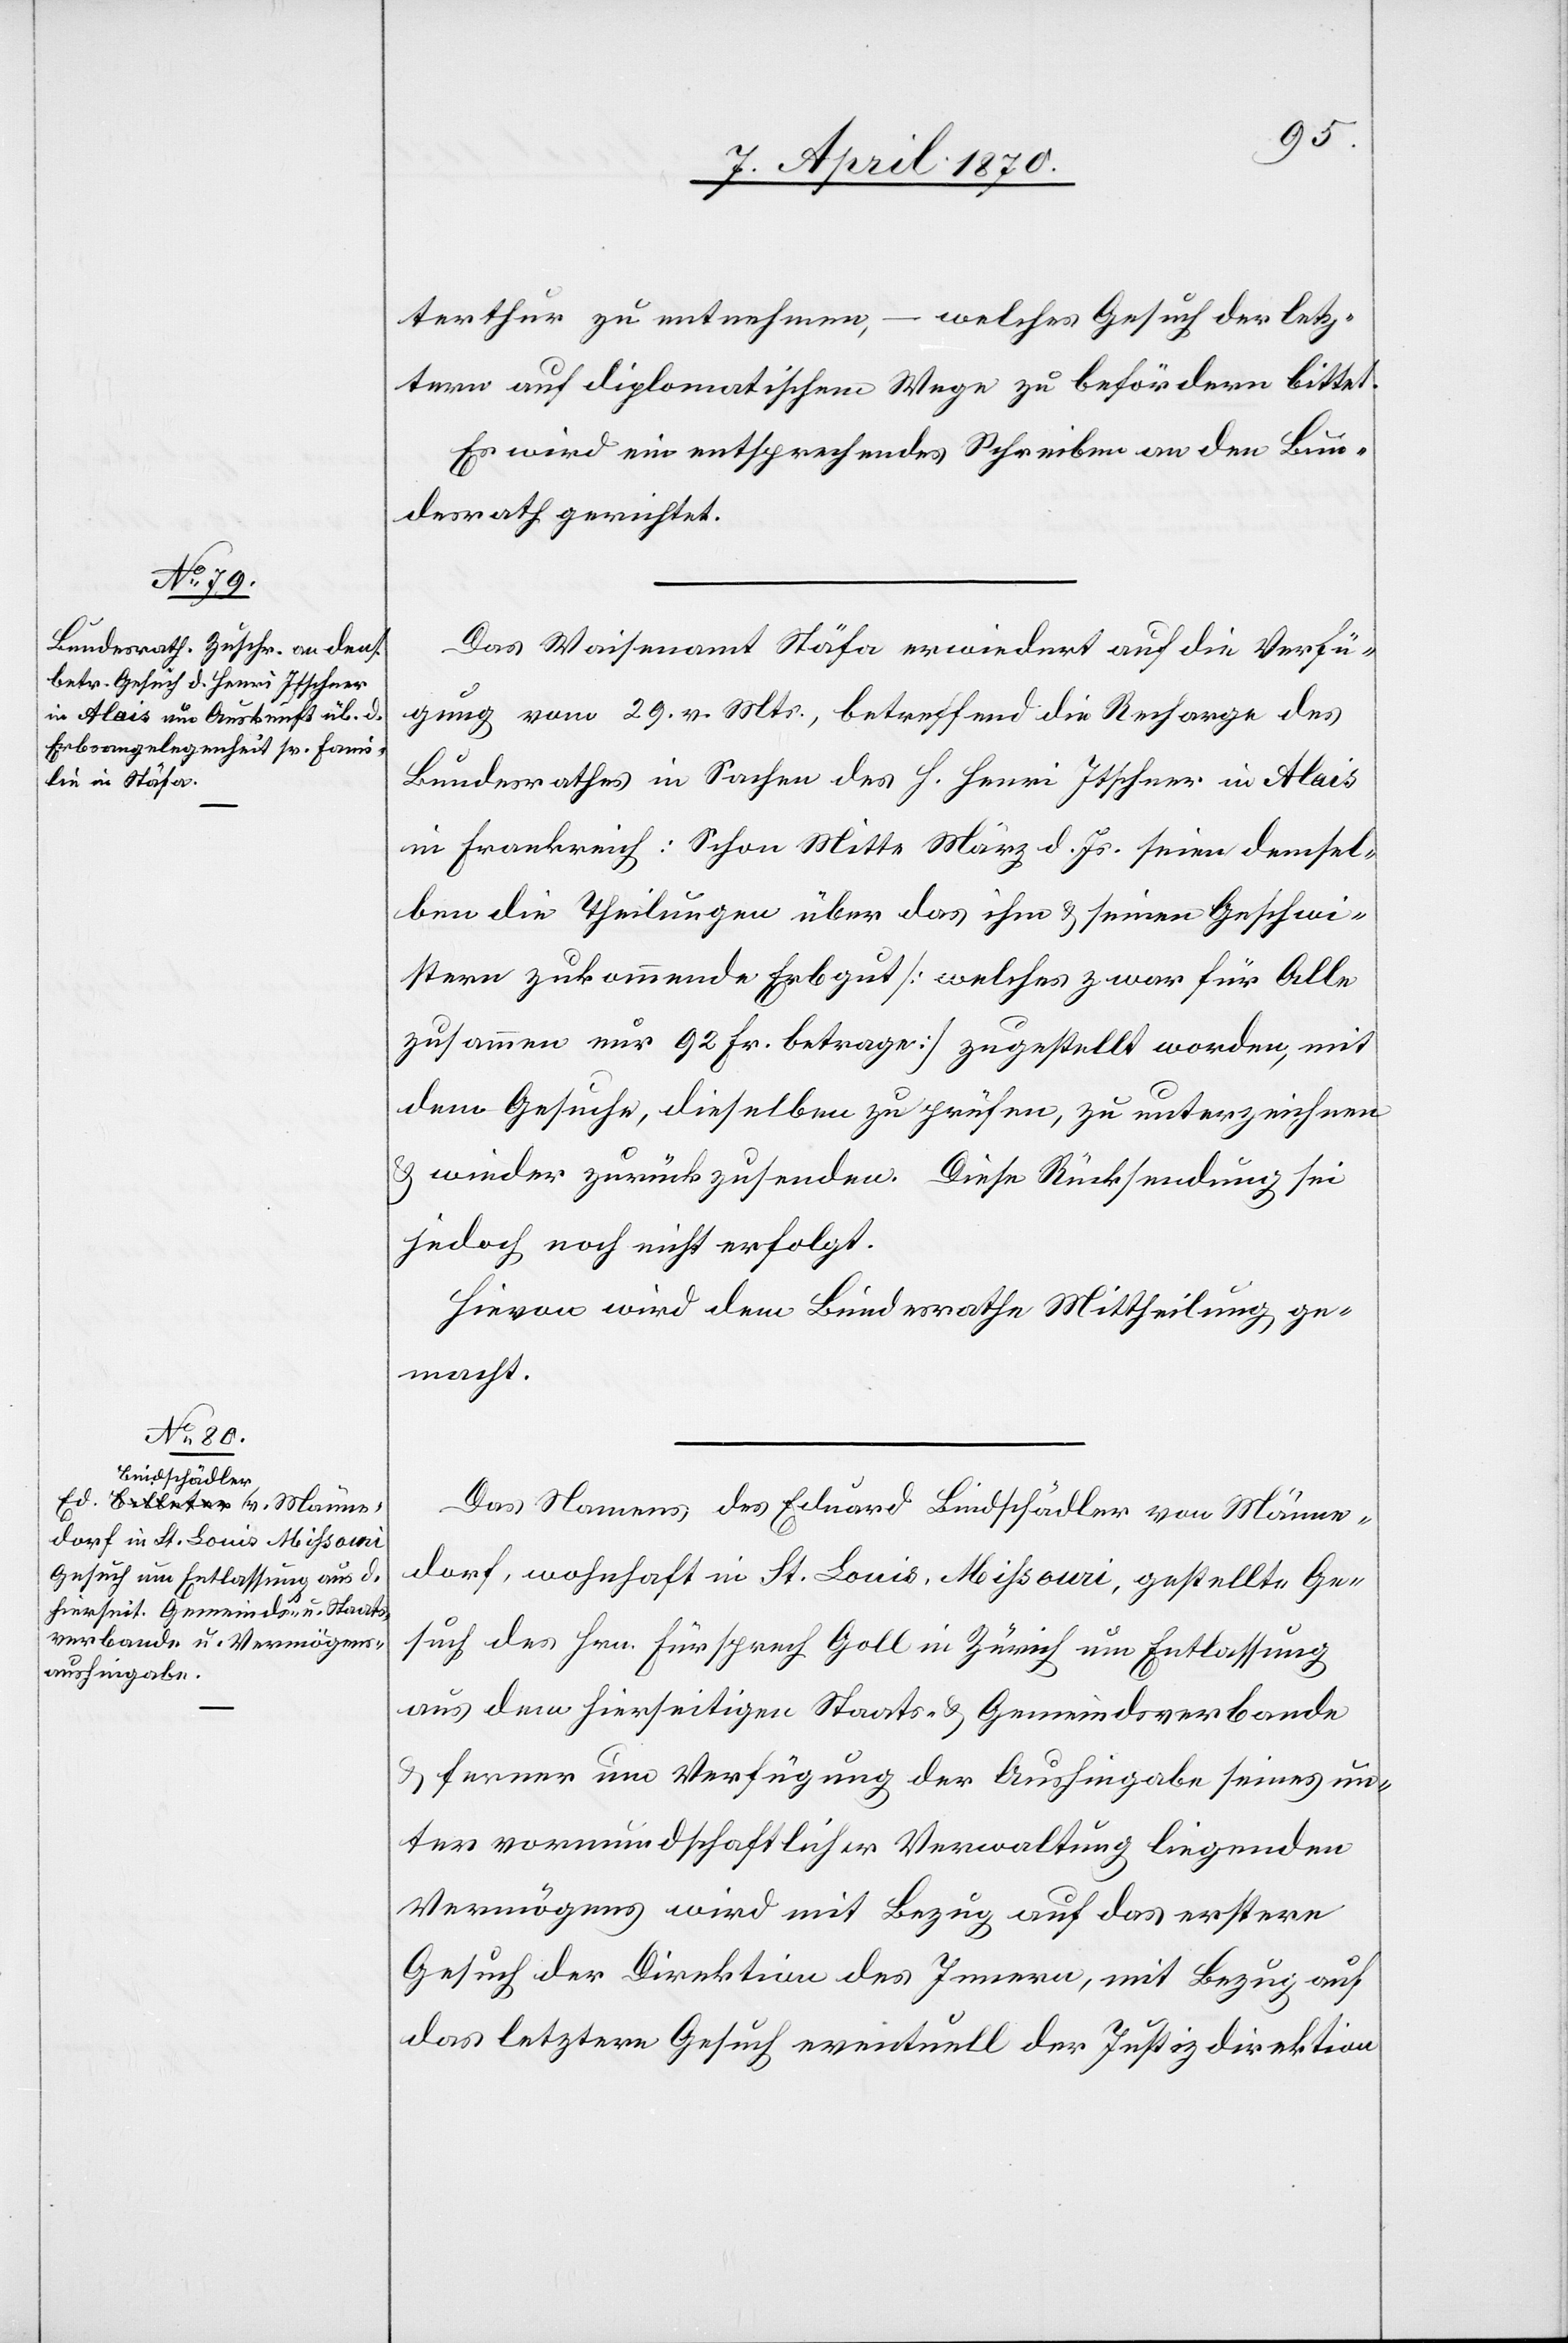
8. April 1870.]
terthur zu entnehmen, – welches Gesuch der letz¬
tern auf diplomatischem Wege zu befördern bittet.
Es wird ein entsprechendes Schreiben an den Bun¬
desrath gerichtet.
Das Waisenamt Stäfa erwiedert auf die Verfü¬
gung vom 29. vor. Mts., betreffend die Recharge des
Bundesrathes in Sachen des H. Henni Itscher in Alais
in Frankreich: Schon Mitte März d. Js. seien demsel¬
ben die Theilungen über das ihm & seinen Geschwi¬
stern zukommende Erbgut [welches zwar für Alle
zusammen nur 92 Fr. betrage] zugestellt worden, mit
dem Gesuche, dieselben zu prüfen, zu unterzeichnen
& wieder zurückzusenden. Diese Rücksendung sei
jedoch noch nicht erfolgt.
Hievon wird dem Bundesrathe Mittheilung ge¬
macht.
Das Namens des Eduard Bindschädler von Männe¬
dorf, wohnhaft in St. Louis, Mißouri, gestellte Ge¬
such des Hrn. Fürsprech Goll in Zürich um Entlassung
aus dem hierseitigen Staats- & Gemeindsverbande
& ferner um Verfügung der Aushingabe seines un¬
ter vormundschaftlicher Verwaltung liegendem
Vermögens wird mit Bezug auf das erstere
Gesuch der Direktion des Innern, mit Bezug auf
das letztere Gesuch eventuell der Justizdirektion